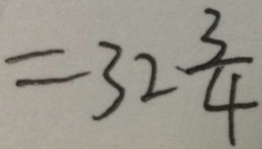
= 3 2 \frac { 3 } { 4 }